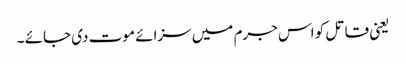
یعنی قاتل کو اس جرم میں سزائے موت دی جائے ۔